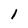
Character: 1